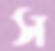
স